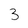
Character: 3